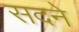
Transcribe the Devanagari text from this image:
सदने